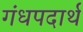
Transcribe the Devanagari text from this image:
गंधपदार्थ